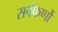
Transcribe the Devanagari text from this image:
सर्पफणों